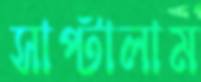
সাপ্‌টালাম